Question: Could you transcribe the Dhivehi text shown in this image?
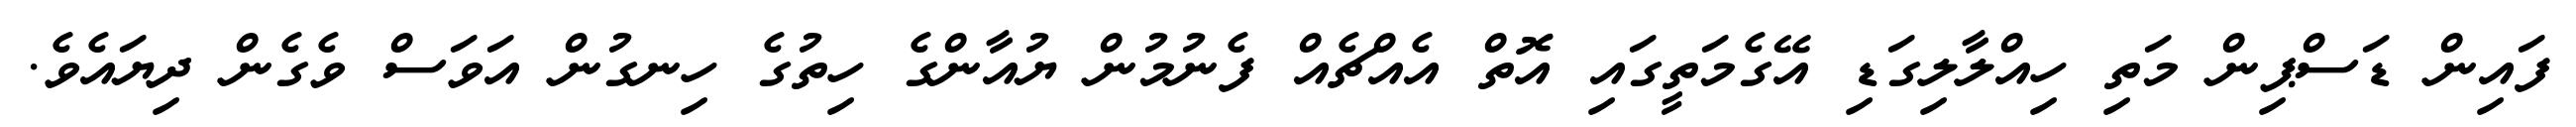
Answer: ފައިން ޑަސްޕިން މަތި ހިއްލާލިގަޑި އޭގެމަތީގައި އޮތް އެއްޗެއް ފެނުމުން ޔުއާންގެ ހިތުގެ ހިނގުން އަވަސް ވެގެން ދިޔައެވެ.